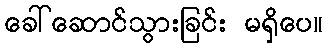
ခေါ်ဆောင်သွားခြင်း မရှိပေ။